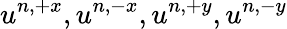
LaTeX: u^{n,+x},u^{n,-x},u^{n,+y},u^{n,-y}